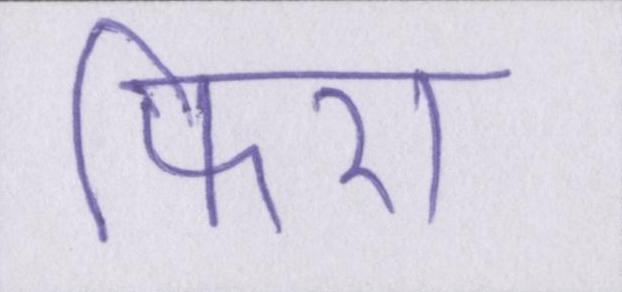
फिरा